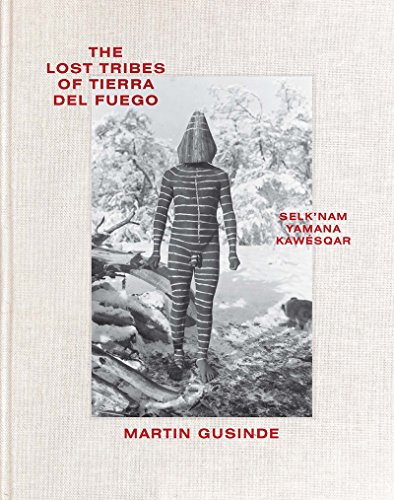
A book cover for The Lost Tribes of Tierra del Fuego: Selk'nam, Yamana, KawÃ©sqar; Marisol Palma Behnke; Arts & Photography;